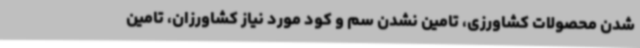
شدن محصولات کشاورزی، تامین نشدن سم و کود مورد نیاز کشاورزان، تامین